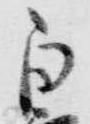
白